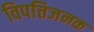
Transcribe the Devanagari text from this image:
विपत्तिजनक